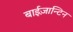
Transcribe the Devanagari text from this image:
बाईज़ान्टिन